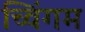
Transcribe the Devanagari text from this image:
च्विंगम